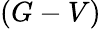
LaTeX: (G-V)